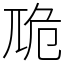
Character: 卼